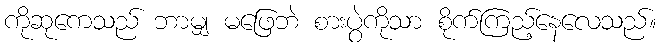
ကိုဆုကေသည် ဘာမျှ မဖြေဘဲ စားပွဲကိုသာ စိုက်ကြည့်နေလေသည်။